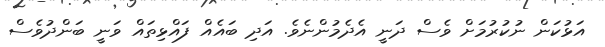
އަޅުކަން ނުކުރުމަށް ވެސް ދަނީ އެދެމުންނެވެ. އަދި ބައެއް ފައްޅިތައް ވަނީ ބަންދުވެސް